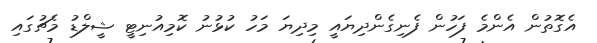
އެގޮތުން އެންމެ ފަހުން ފެނިގެންދިޔައީ މިދިޔަ މަހު ކުޅުނު ކޮމިއުނިޓީ ޝީލްޑު މެޗުގައި